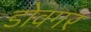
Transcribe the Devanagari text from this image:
डोवगर